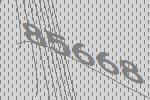
85668